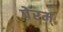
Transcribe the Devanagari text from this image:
पेरम्